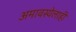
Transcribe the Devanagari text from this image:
अमावस्येलाही